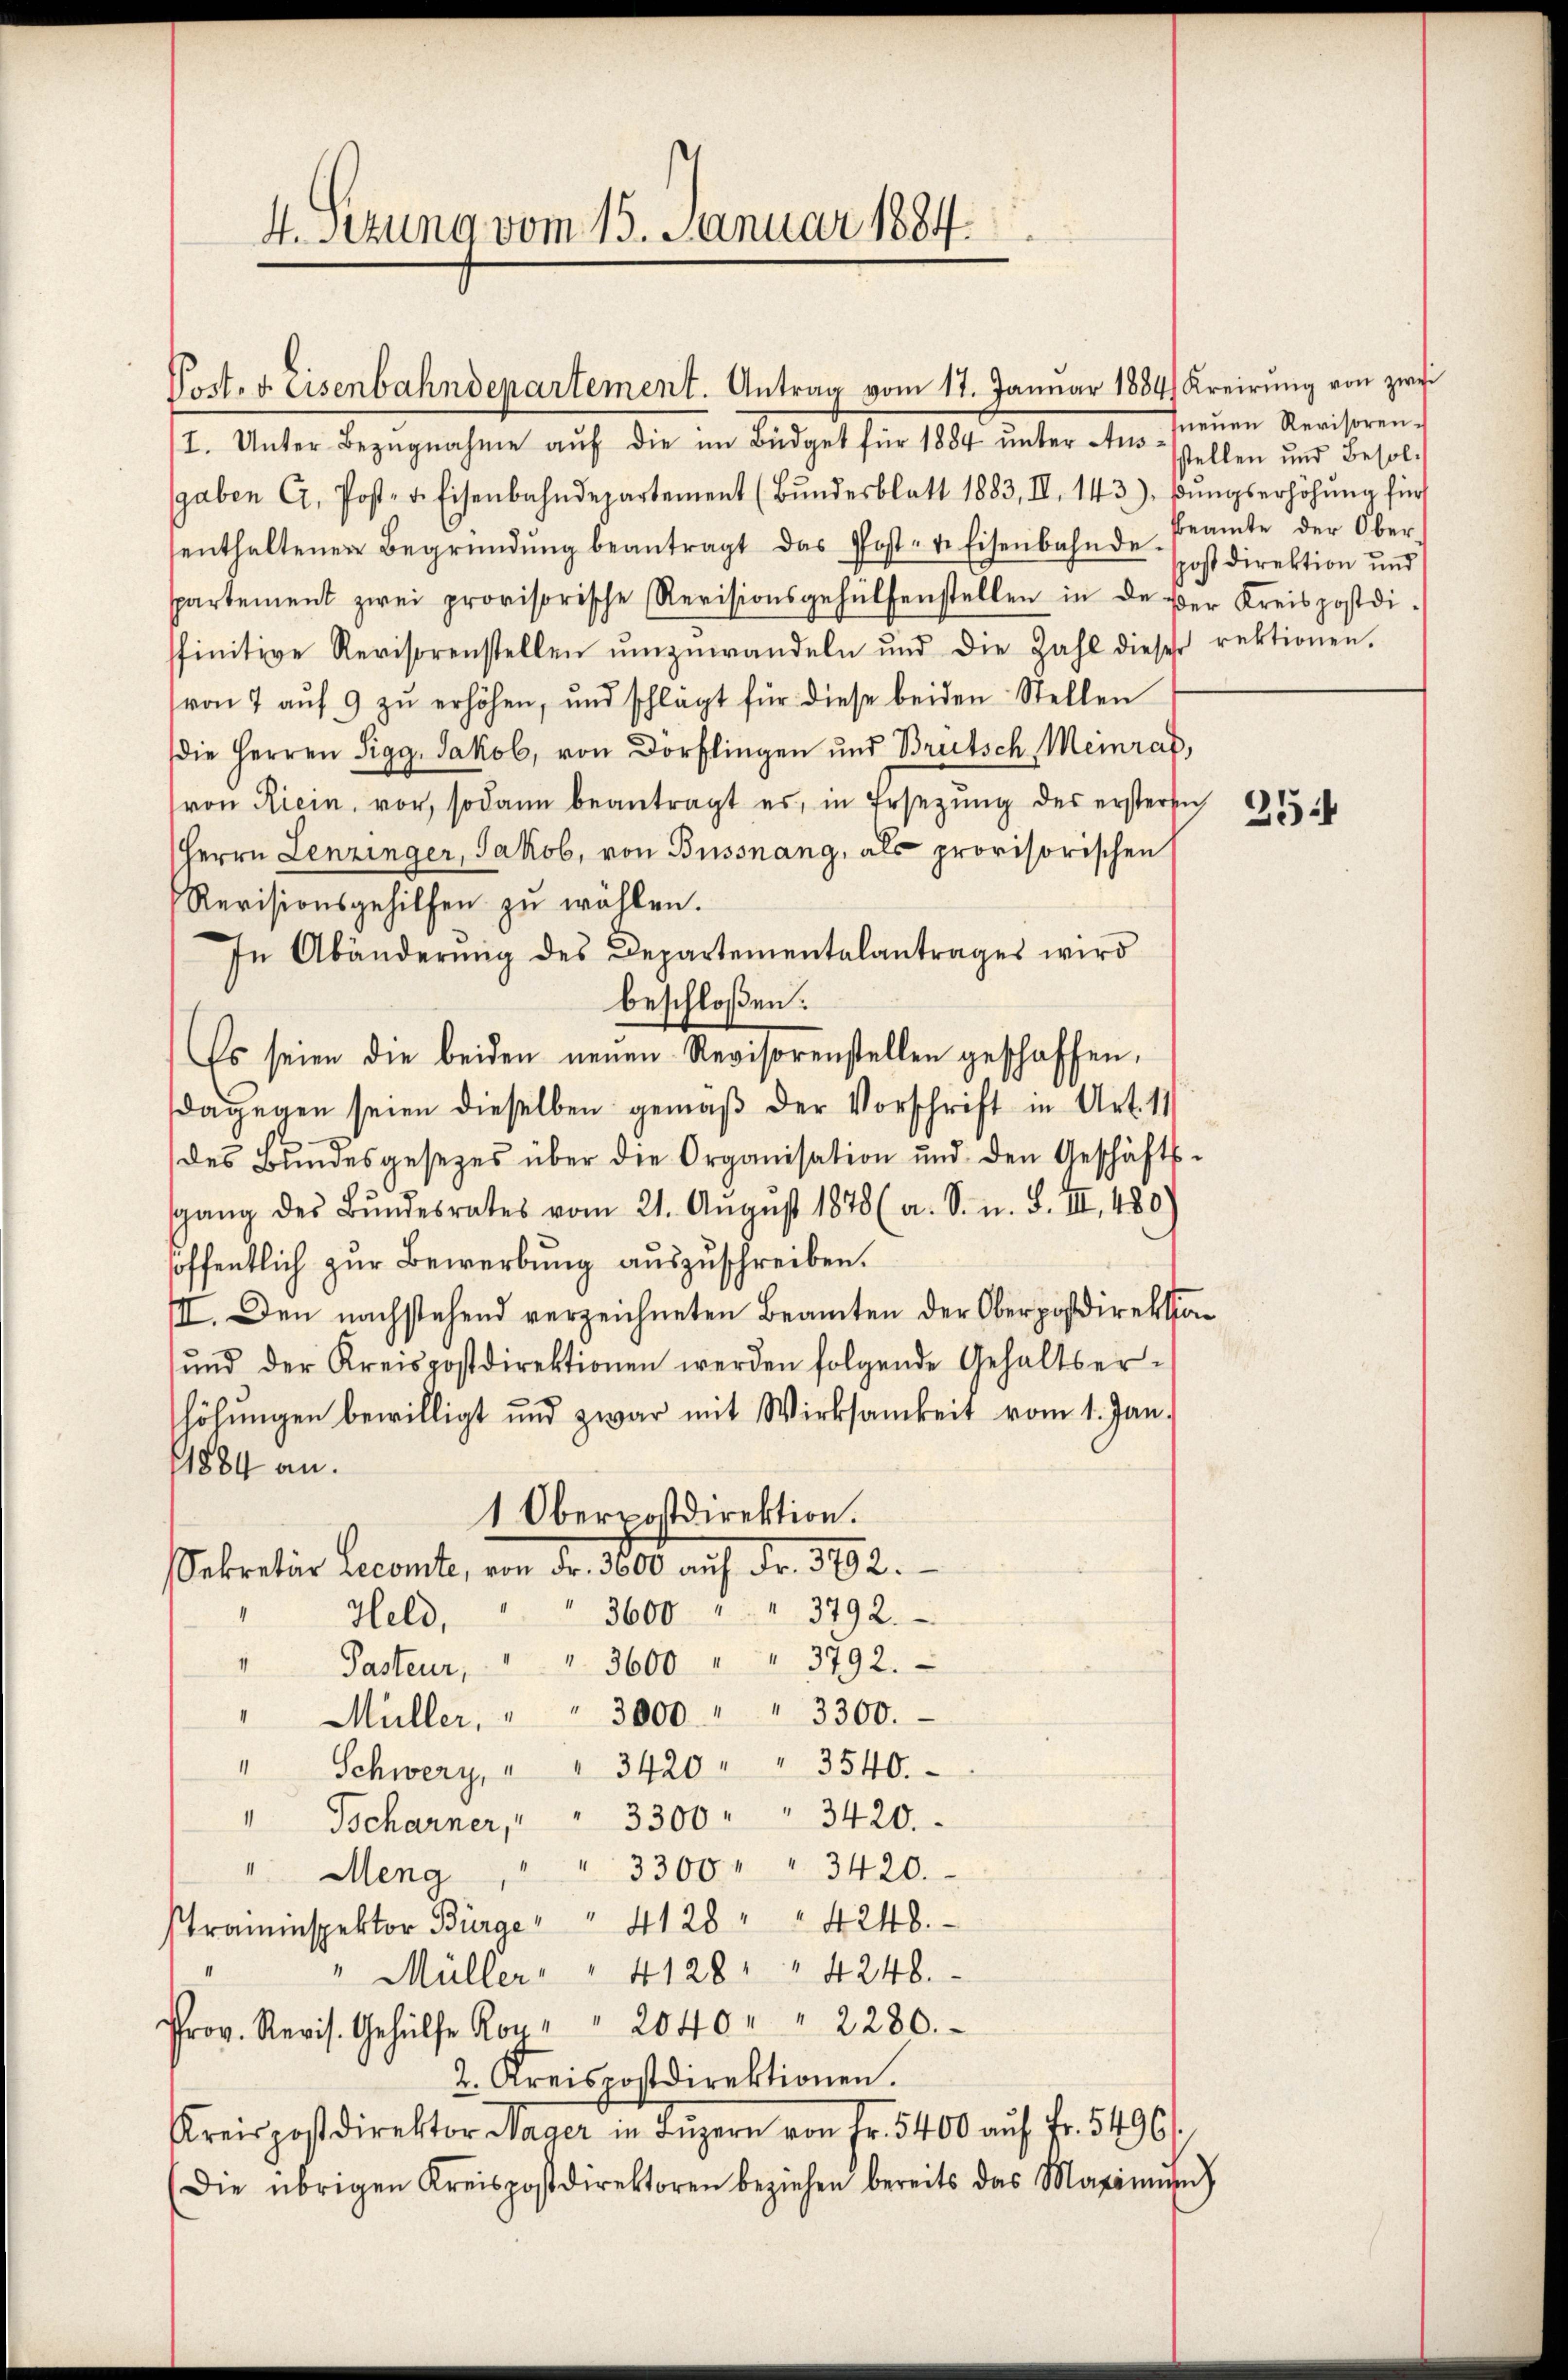
4. Sitzung vom 15. Januar 1884.

2. Unter Bezugnahme auf die im Büdget für 1889. unter am neuen Revisoren,
gaben C. Post- u. Eisenbahndepartement (Bŭndesblatt 1883, II 143.) Dŭngserhöhŭng für
senthaltener Begründŭng beantragt das Post- u. Eisenbahnde Erst direktion und
partement zwei provisorische Revisionsgehülfenstellen in de der Kreispostdi-
ffinitive Revisorenstellen ŭmzuwandeln und die Zahl dieser rektionen.
von 7 aŭf 9 zŭ erhöhen, und schlägt für diese beiden Stellen
die Herren Sigg, Jakob, von Dorflingen und Breitsch, Meinraf,
von Riein, vor, sodann beantragt es, in Ersetzŭng des erstersich
Herrn Lenzinger, Jakob, von Bussnang, als provisorischen
Revisionsgehilfen zu wählen.
In Abänderŭng des Departementalantrages wird
beschloßen:
Es seien die beiden neuen Revisorenstellen geschaffen,
dagegen seien dieselben gemäß der Vorschrift in Art. 11
des Bŭndesgesezes über die Organisation und den Geschäfts-
sgang des Bŭndesrates vom 21. Aŭgŭst 1878 (a. S. n. F. III 480
höffentlich zur Bewerbung auszuschreiben.
III. Den nachstehend verzeichneten Beamten der Oberpostdirektion
ŭnd der Kreispostdirektionen werden folgende Gehaltser-
höhŭngen bewilligt und zwar mit Wirksamkeit vom 1. Jan.
1884 an.
1 Oberpostdirektion.
Sekretär Lecomte, von Fr. 3000 auf Fr. 3792.
3600 " " 3792.
Held,
Pasteur, " " 3600 " " 3792.
11
3000 " " 3300.
I
Müller,
" Schwerz, " " 3420 " " 3540.
" Tscharner, " " 3300 " " 3420.
" " 3300 " " 3420.
 Meng
straininspektor Bürge " " 4128 " " 4248.
" Müller " " 4128 " " 4248.
r. Res. Gehülfe Ro " " 2040 " " 2280.
2. Kreispostdirektionen.
Kreispostdirektor Wager in Luzern von Fr. 5400 auf Fr. 5496
(Die übrigen Kreispostdirektoren beziehen bereits das Maximann)

Poct. v. Eisenbahndepartement. Antrag vom 17. Janŭar 1884 Kreirŭng von zwei

stellen und Besol¬
Beamte der Ober¬

25